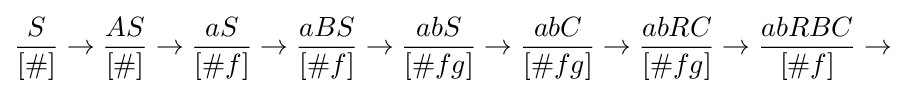
{\frac {S}{[\#]}}\to {\frac {AS}{[\#]}}\to {\frac {aS}{[\#f]}}\to {\frac {aBS}{[\#f]}}\to {\frac {abS}{[\#fg]}}\to {\frac {abC}{[\#fg]}}\to {\frac {abRC}{[\#fg]}}\to {\frac {abRBC}{[\#f]}}\to